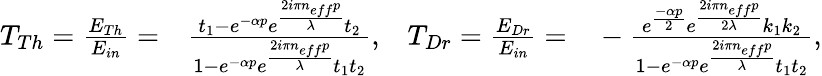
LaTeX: \begin{array}{rlrl}{T_{Th}=\frac{E_{Th}}{E_{in}}=}&{{}\frac{t_{1}-e^{-\alpha p}e^{\frac{2i\pi n_{eff}p}{\lambda}}t_{2}}{1-e^{-\alpha p}e^{\frac{2i\pi n_{eff}p}{\lambda}}t_{1}t_{2}},}&{T_{Dr}=\frac{E_{Dr}}{E_{in}}=}&{{}-\frac{e^{\frac{-\alpha p}{2}}e^{\frac{2i\pi n_{eff}p}{2\lambda}}k_{1}k_{2}}{1-e^{-\alpha p}e^{\frac{2i\pi n_{eff}p}{\lambda}}t_{1}t_{2}},}\end{array}